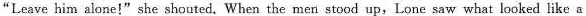
"Leave \underline{him} alone!" she shouted,When the men stood up,Lone saw what looked like a